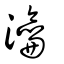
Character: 瀹